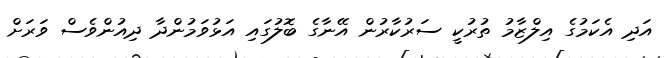
އަދި އެކަމުގެ އިލްޒާމު ތުރުކީ ސަރުކާރުން އޭނާގެ ބޮލުގައި އަޅުވަމުންދާ ދިއުންވެސް ވަރަށް